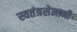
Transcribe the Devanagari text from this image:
स्वतंत्रसेनानी